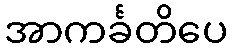
အာကင်္ခတိပေ